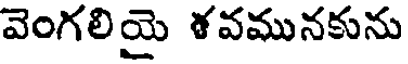
వెంగలియై శవమునకును